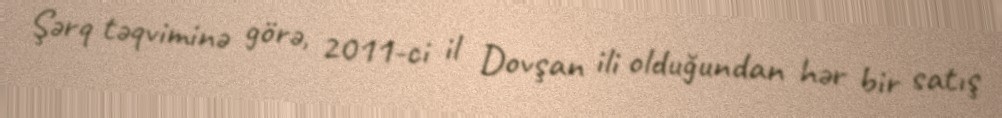
Şərq təqviminə görə, 2011-ci il Dovşan ili olduğundan hər bir satış